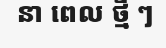
នា ពេល ថ្មី ៗ